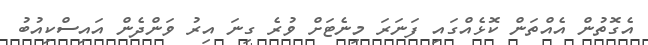
އެގޮތުން އެއްތަން ކޮޅެއްގައި ފަނަރަ މިނެޓަށް ވުރެ ގިނަ އިރު ވަންދެން އައިސްކިއުބު